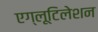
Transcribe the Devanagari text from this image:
एग्लूटिलेशन